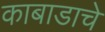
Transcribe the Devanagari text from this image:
काबाडाचे